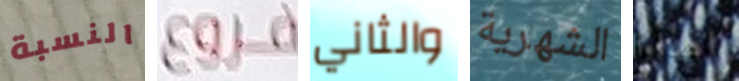
النسبة فروع والثاني الشهرية اهدأوا